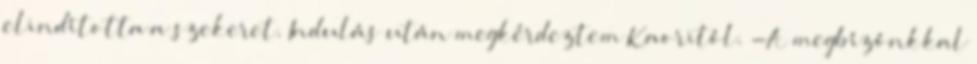
elindította a szekeret. Indulás után megkérdeztem Kaoritól. -A megbízónkkal